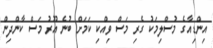
އިންޑިއާގެ މުސްލިމަކު ގެރި މަސް ވިއްކި ކަމަށް ބުނެ އޫރު މަސް ކާންދިން